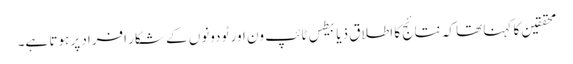
محققین کا کہنا تھا کہ نتائج کا اطلاق ذیابیطس ٹائپ ون اور ٹو دونوں کے شکار افراد پر ہوتا ہے۔